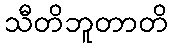
သီတိဘူတာတိ